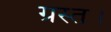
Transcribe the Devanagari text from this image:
ग्रस्त।